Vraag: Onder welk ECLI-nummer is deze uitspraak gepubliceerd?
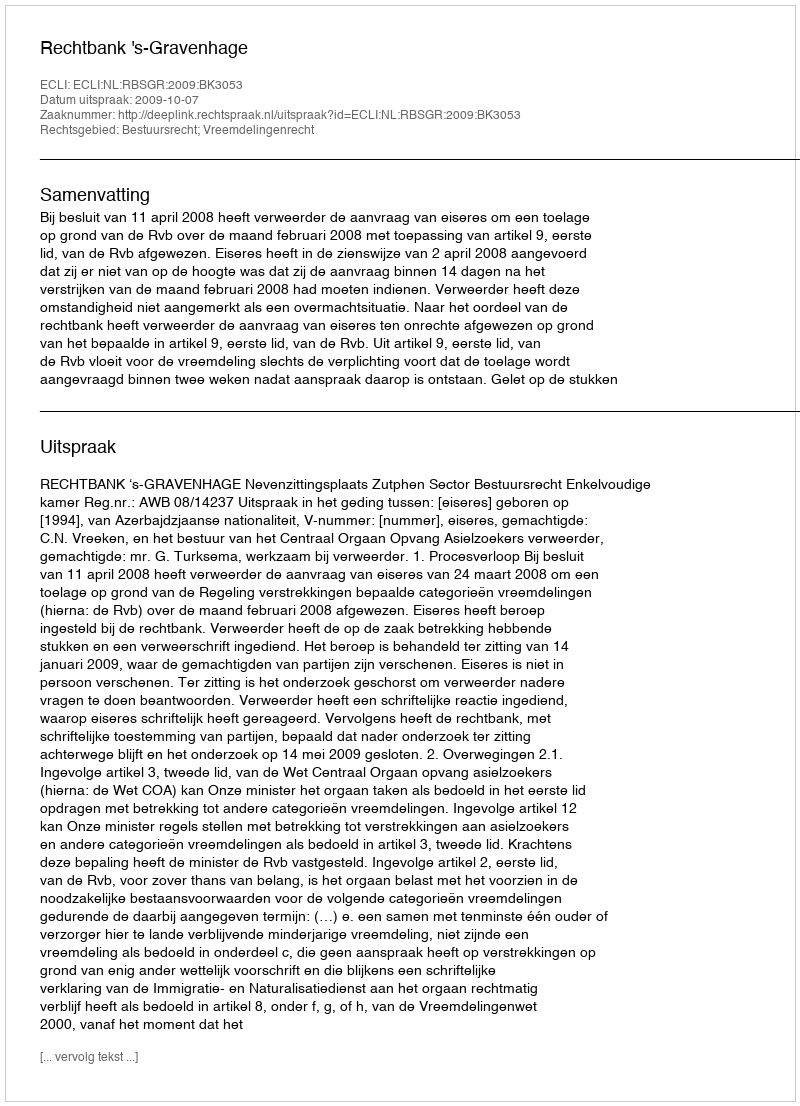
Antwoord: ECLI:NL:RBSGR:2009:BK3053